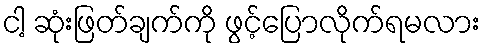
ငါ့ ဆုံးဖြတ်ချက်ကို ဖွင့်ပြောလိုက်ရမလား